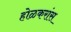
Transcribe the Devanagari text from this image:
होळकरांस